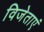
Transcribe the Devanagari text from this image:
विजेताएं